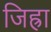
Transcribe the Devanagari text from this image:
जिह्रा